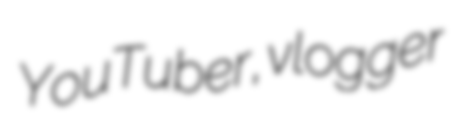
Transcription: YouTuber, vlogger